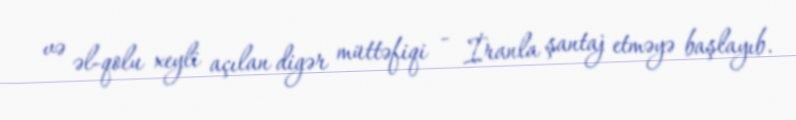
və əl-qolu xeyli açılan digər müttəfiqi - İranla şantaj etməyə başlayıb.